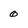
Character: 0